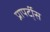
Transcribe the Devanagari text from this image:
प्रापर्टी्स